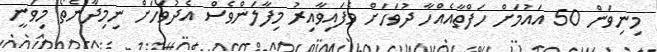
މިނިވަން 50 އައުމަށް ހަފްތާއެއްހާ ދުވަހަށް ވެފައިވާއިރު މިފާލަންވެސް އެދުވަހަށް ނިމިދާނެތޯ މިވަނީ